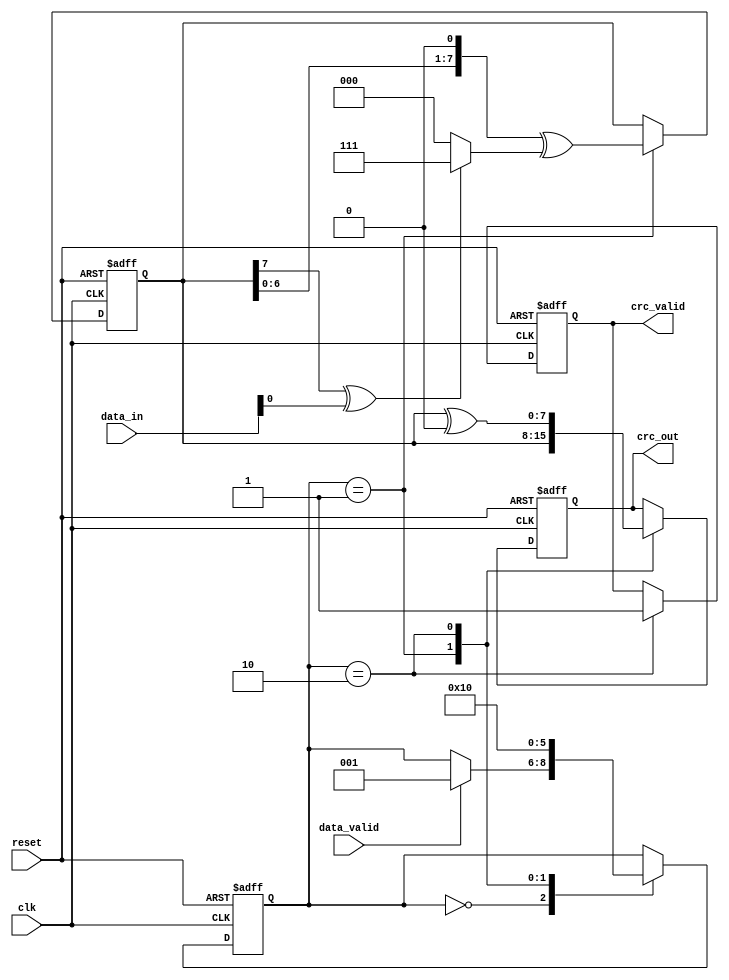
module parameterized_crc #(
    parameter CRC_WIDTH = 8,               // Width of CRC output
    parameter POLYNOMIAL = 8'h07,          // Polynomial (example: x^8 + x^2 + x + 1)
    parameter INITIAL_VALUE = {CRC_WIDTH{1'b0}}, // Initial value of the CRC register
    parameter FINAL_XOR_VALUE = {CRC_WIDTH{1'b0}} // Final XOR value
)(
    input wire [7:0] data_in,              // Data input
    input wire data_valid,                  // Data valid signal
    input wire reset,                       // Synchronous reset
    input wire clk,                         // Clock signal
    output reg [CRC_WIDTH-1:0] crc_out,    // CRC output
    output reg crc_valid                    // CRC valid signal
);

    reg [CRC_WIDTH-1:0] crc_reg;           // CRC register
    reg [2:0] state;                        // State register
    localparam IDLE = 3'b000,               // State definitions
               PROCESS = 3'b001,
               FINALIZE = 3'b010;

    // Polynomial representation
    wire [CRC_WIDTH-1:0] polynomial = POLYNOMIAL;

    always @(posedge clk or posedge reset) begin
        if (reset) begin
            crc_reg <= INITIAL_VALUE;        // Initialize CRC register
            crc_out <= INITIAL_VALUE;        // Initialize CRC output
            crc_valid <= 1'b0;               // Invalid CRC output
            state <= IDLE;                   // Set state to IDLE
        end else begin
            case (state)
                IDLE: begin
                    if (data_valid) begin
                        state <= PROCESS;      // Transition to PROCESS state
                    end
                end

                PROCESS: begin
                    // Process each bit of data
                    crc_reg <= (crc_reg << 1) ^ ((crc_reg[CRC_WIDTH-1] ^ data_in[0]) ? polynomial : 0);
                    crc_out <= crc_reg;

                    // Move to FINALIZE state after processing data
                    state <= FINALIZE;
                end

                FINALIZE: begin
                    crc_out <= crc_reg ^ FINAL_XOR_VALUE; // Apply final XOR
                    crc_valid <= 1'b1;                   // Indicate CRC is valid
                    state <= IDLE;                       // Return to IDLE state
                end
            endcase
        end
    end

endmodule